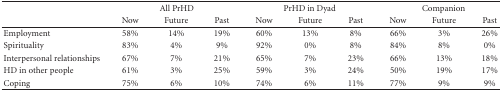
<table><thead><tr><td></td><td colspan="3"><b>All PrHD</b></td><td colspan="3"><b>PrHD in Dyad</b></td><td colspan="3"><b>Companion</b></td></tr><tr><td></td><td><b>Now</b></td><td><b>Future</b></td><td><b>Past</b></td><td><b>Now</b></td><td><b>Future</b></td><td><b>Past</b></td><td><b>Now</b></td><td><b>Future</b></td><td><b>Past</b></td></tr></thead><tbody><tr><td>Employment</td><td>58%</td><td>14%</td><td>19%</td><td>60%</td><td>13%</td><td>8%</td><td>66%</td><td>3%</td><td>26%</td></tr><tr><td>Spirituality</td><td>83%</td><td>4%</td><td>9%</td><td>92%</td><td>0%</td><td>8%</td><td>84%</td><td>8%</td><td>0%</td></tr><tr><td>Interpersonal relationships</td><td>67%</td><td>7%</td><td>21%</td><td>65%</td><td>7%</td><td>23%</td><td>66%</td><td>13%</td><td>18%</td></tr><tr><td>HD in other people</td><td>61%</td><td>3%</td><td>25%</td><td>59%</td><td>3%</td><td>24%</td><td>50%</td><td>19%</td><td>17%</td></tr><tr><td>Coping</td><td>75%</td><td>6%</td><td>10%</td><td>74%</td><td>6%</td><td>11%</td><td>77%</td><td>9%</td><td>9%</td></tr></tbody></table>